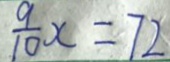
\frac { 9 } { 1 0 } x = 7 2